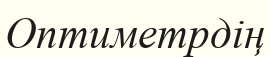
Оптиметрдің